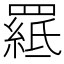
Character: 𦌅